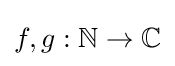
f,g:\mathbb {N} \to \mathbb {C}